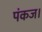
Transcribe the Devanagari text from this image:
पंकज।